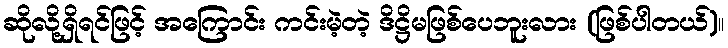
ဆိုလို့ရှိရင်ဖြင့် အကြောင်း ကင်းမဲ့တဲ့ ဒိဋ္ဌိမဖြစ်ပေဘူးလား (ဖြစ်ပါတယ်)။